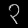
Digit: ၃